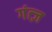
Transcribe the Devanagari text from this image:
गंत्ज़